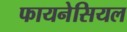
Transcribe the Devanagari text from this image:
फायनेसियल